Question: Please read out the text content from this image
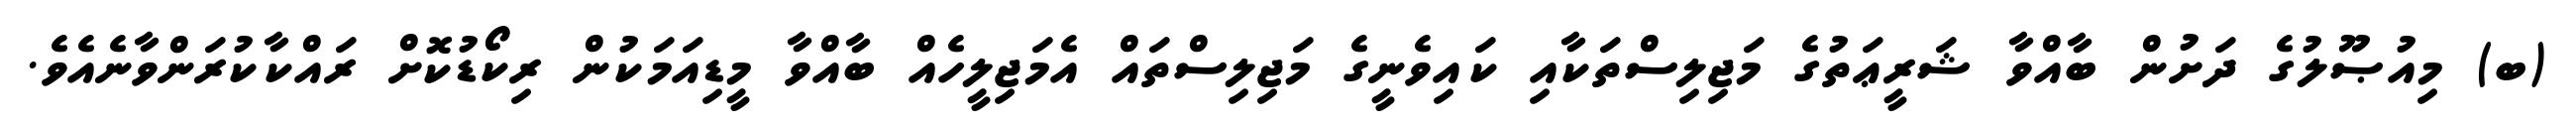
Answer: (ބ) މިއުޞޫލުގެ ދަށުން ބާއްވާ ޝަރީޢަތުގެ މަޖިލިސްތަކާއި ކައިވެނީގެ މަޖިލިސްތައް އެމަޖިލީހެއް ބާއްވާ މީޑިއަމަކުން ރިކޯޑުކޮށް ރައްކާކުރަންވާނެއެވެ.